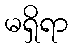
မရှိရာ